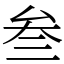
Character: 叁